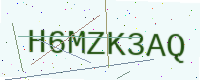
Text: H6MZK3AQ